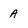
Character: a